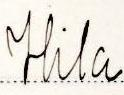
Hila